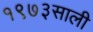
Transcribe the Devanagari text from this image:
१९७३साली